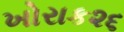
ખોરાક૨૬